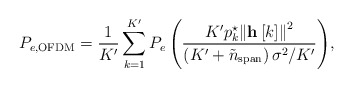
\begin{align*} {P_{e,{\rm{OFDM}}}} = \frac{1}{K'}\sum\limits_{k = 1}^{K'} {{P_e}\left( {\frac{{{K'}{p_k^{\star}}{{\left\| {{\bf{h}}\left[ k \right]} \right\|}^2}}}{{\left( {{K'} + {{\tilde n}_{{\rm{span}}}}} \right){\sigma ^2}/{K'}}}} \right)}, \end{align*}